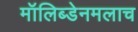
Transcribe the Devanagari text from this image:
मॉलिब्डेनमलाच